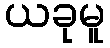
ယခုမူ